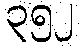
၃၅၂